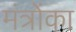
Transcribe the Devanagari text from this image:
मंत्रोंका